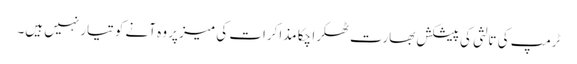
ٹرمپ کی تالثی کی پیشکش بھارت ٹھکرا چکا مذاکرات کی میز پر وہ آنے کو تیار نہیں ہیں۔